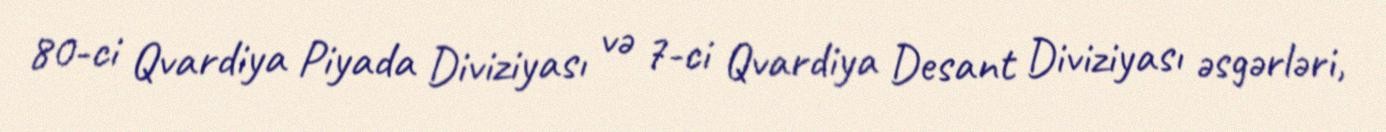
80-ci Qvardiya Piyada Diviziyası və 7-ci Qvardiya Desant Diviziyası əsgərləri,